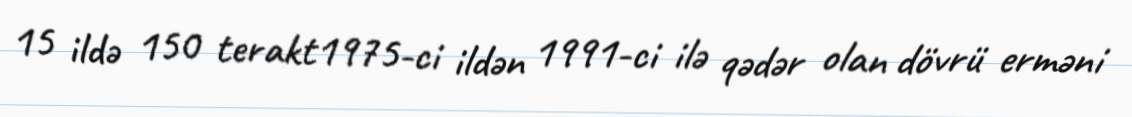
15 ildə 150 terakt1975-ci ildən 1991-ci ilə qədər olan dövrü erməni